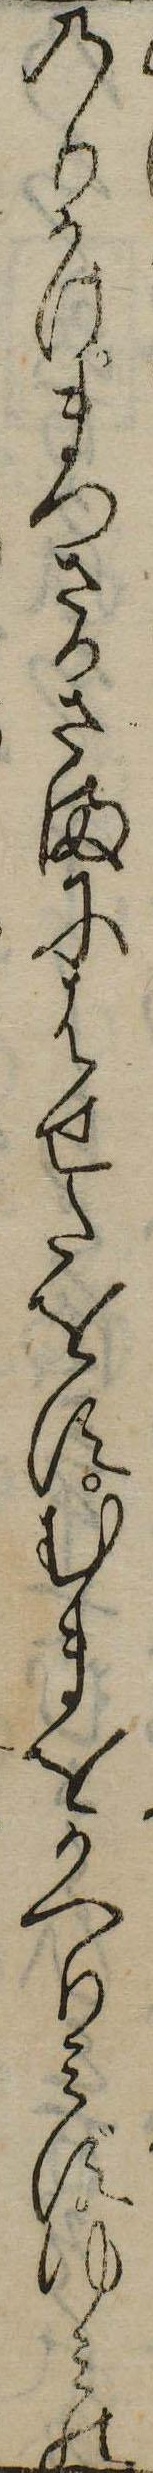
のりかけまつさかさまにはせたをすむまをかへりみずゆみの